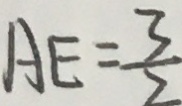
A E = \frac { 3 } { 2 }